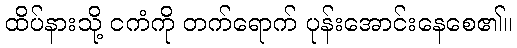
ထိပ်နားသို့ ငကံကို တက်ရောက် ပုန်းအောင်းနေစေ၏။